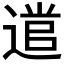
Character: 𮞭